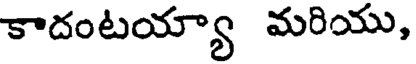
కాదంటయ్యా మరియు,